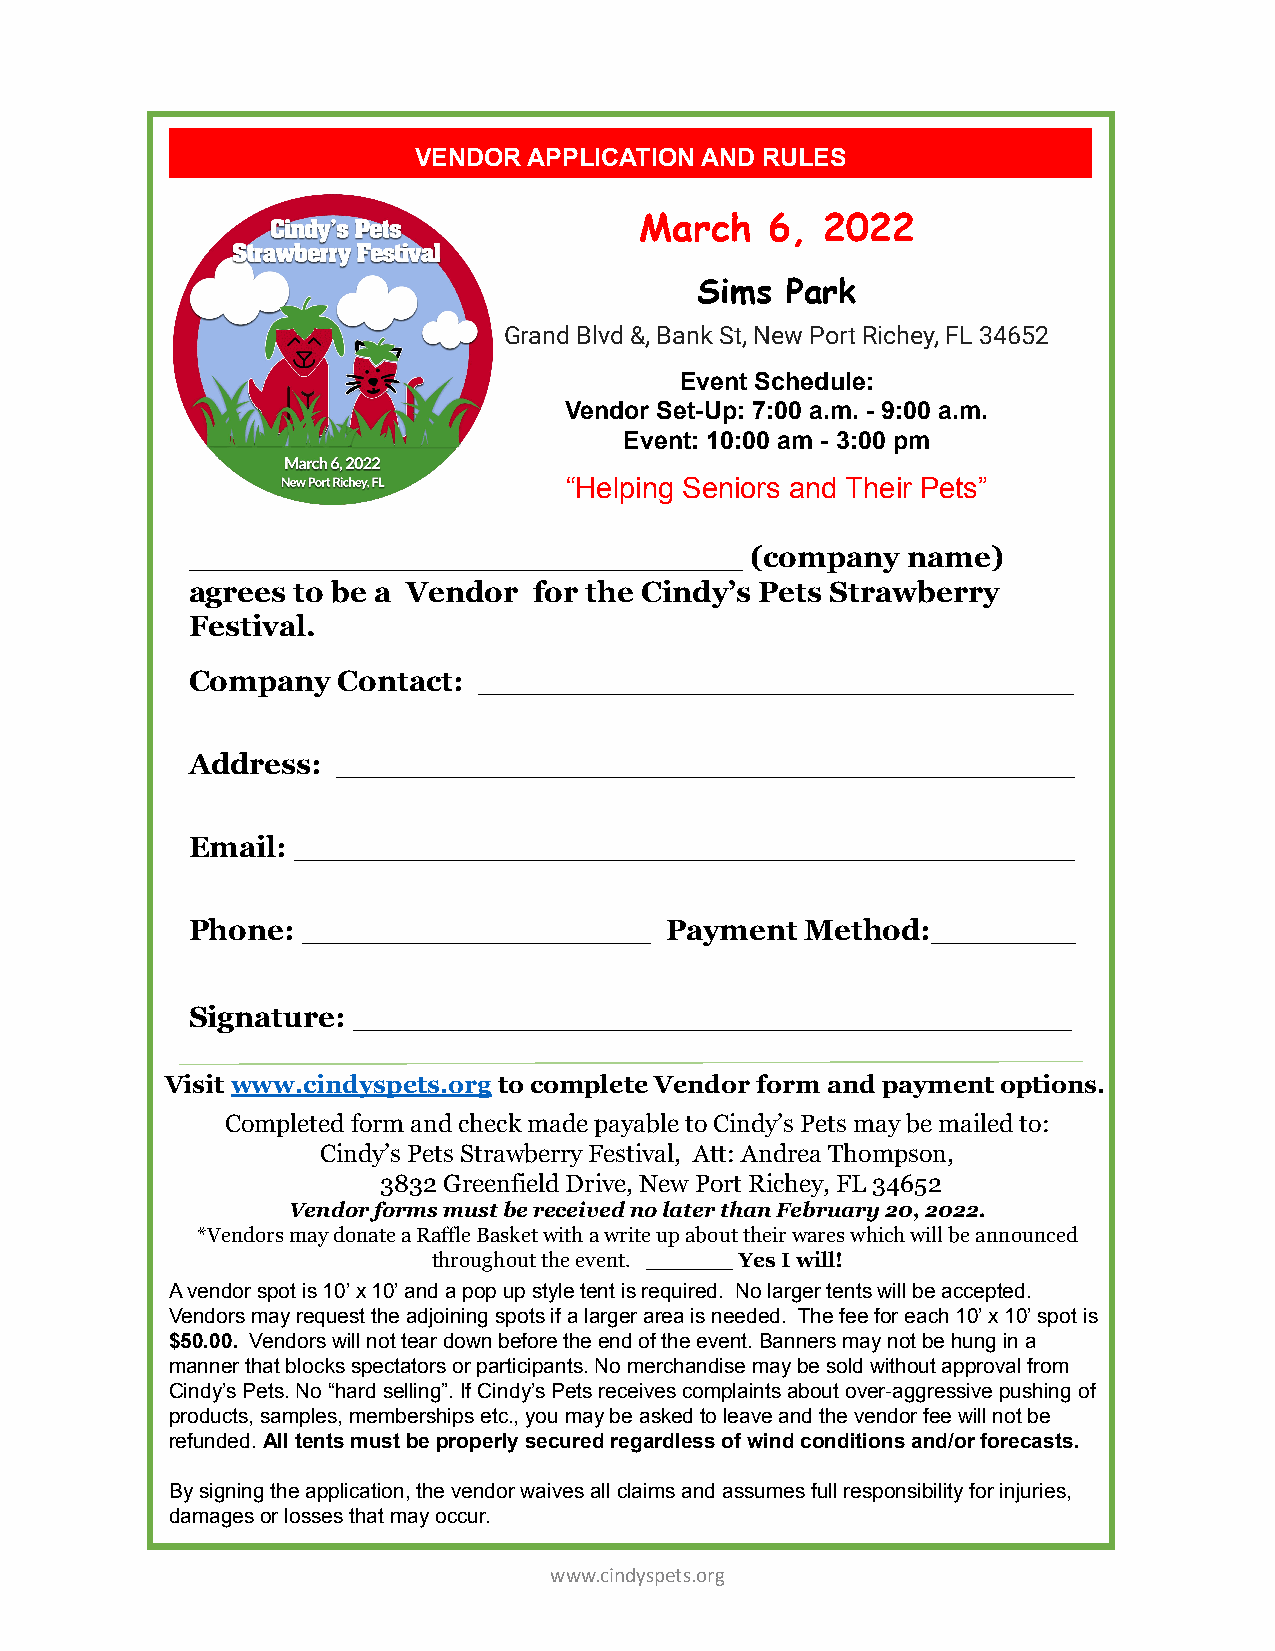
VENDOR  APPLICATION AND RULES
 March    6, 2022
 Sims  Park
 Grand Blvd &, Bank St, New Port Richey, FL 34652
 Event Schedule:
 Vendor Set-Up: 7:00 a.m. - 9:00 a.m.
 Event: 10:00 am - 3:00 pm
 “Helping Seniors and Their Pets”
 ___________________________          (company  name)
 agrees to be a Vendor for the Cindy’s Pets Strawberry
 Festival.
 Company  Contact:  _____________________________
 Address: ____________________________________
 Email: ______________________________________
 Phone: _________________       Payment  Method:_______
 Signature: ___________________________________
 Visit www.cindyspets.org to complete Vendor form and payment options.
 Completed form and check made payable to Cindy’s Pets may be mailed to:
 Cindy’s Pets Strawberry Festival, Att: Andrea Thompson,
 3832 Greenfield Drive, New Port Richey, FL 34652
 Vendor forms must be received no later than February 20, 2022.
 *Vendors may donate a Raffle Basket with a write up about their wares which will be announced
 throughout the event. ______ Yes I will!
 A vendor spot is 10’ x 10’ and a pop up style tent is required. No larger tents will be accepted.
 Vendors may request the adjoining spots if a larger area is needed. The fee for each 10’ x 10’ spot is
 $50.00. Vendors will not tear down before the end of the event. Banners may not be hung in a
 manner that blocks spectators or participants. No merchandise may be sold without approval from
 Cindy’s Pets. No “hard selling”. If Cindy’s Pets receives complaints about over-aggressive pushing of
 products, samples, memberships etc., you may be asked to leave and the vendor fee will not be
 refunded. All tents must be properly secured regardless of wind conditions and/or forecasts.
 By signing the application, the vendor waives all claims and assumes full responsibility for injuries,
 damages or losses that may occur.
 www.cindyspets.org